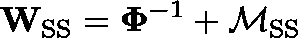
\mathbf { W } _ { \mathrm { S S } } = \mathbf { \Phi } ^ { - 1 } + \mathbf { \mathcal { M } } _ { \mathrm { S S } }